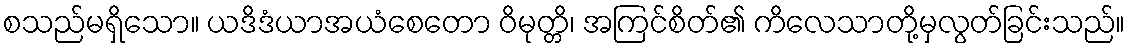
စသည်မရှိသော။ ယဒိဒံယာအယံစေတော ဝိမုတ္တိ၊ အကြင်စိတ်၏ ကိလေသာတို့မှလွတ်ခြင်းသည်။